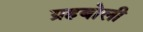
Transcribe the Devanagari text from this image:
ग्रहबोली